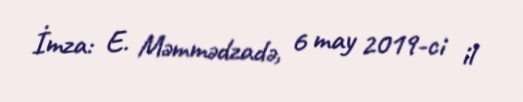
İmza: E. Məmmədzadə, 6 may 2019-ci il